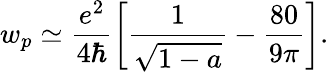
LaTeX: w_{p}\simeq\frac{e^{2}}{4\hbar}\left[\frac{1}{\sqrt{1-a}}-\frac{80}{9\pi}\right].